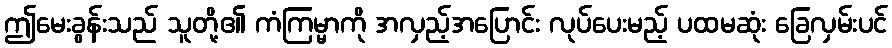
ဤမေးခွန်းသည် သူတို့၏ ကံကြမ္မာကို အလှည့်အပြောင်း လုပ်ပေးမည့် ပထမဆုံး ခြေလှမ်းပင်